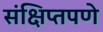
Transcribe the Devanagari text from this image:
संक्षिप्‍तपणे